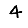
Digit: 4